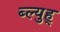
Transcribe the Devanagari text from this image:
ब्ल्युह्